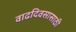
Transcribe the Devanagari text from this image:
वाढदिवसासाठी